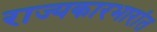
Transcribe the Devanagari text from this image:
राज्यकारभारांत